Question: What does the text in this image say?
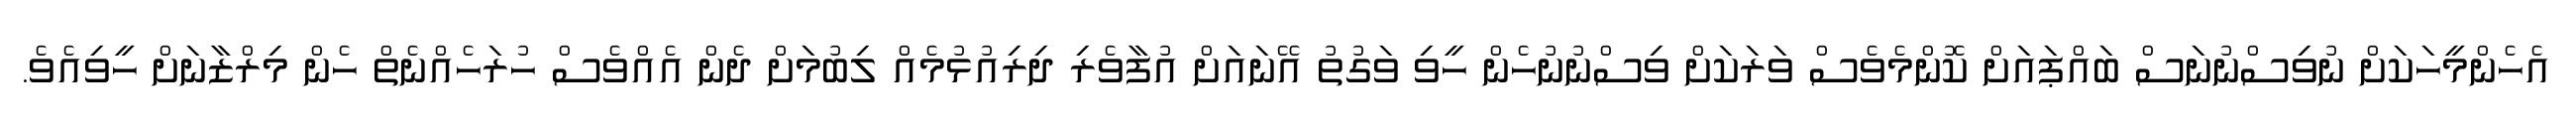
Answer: އެހެންމީހަކަށް ނުވިސްނުނަސް ބައްޕައަށް ކޮންމެވެސް ވަރަކަށް ވިސްނުނުހެން ހީވި ވަގުތު އޭނައަށް އުފާވެރި ދިރިއުޅުމެއް ލިބުމަށް ދެން އެއްވެސް ހުރަހެއްނެތް ހެން މިރްޒާނަށް ހީވިއެވެ.